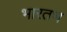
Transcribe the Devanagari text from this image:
भारतभ